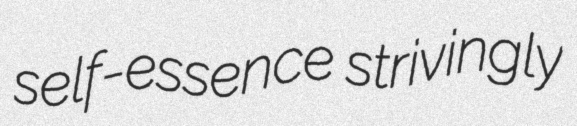
self-essence strivingly